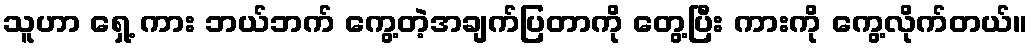
သူဟာ ရှေ့ ကား ဘယ်ဘက် ကွေ့တဲ့အချက်ပြတာကို တွေ့ပြီး ကားကို ကွေ့လိုက်တယ်။